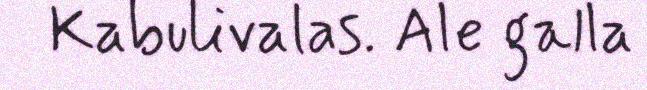
Kabulivalas. Ale galla